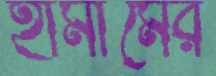
হামীমের